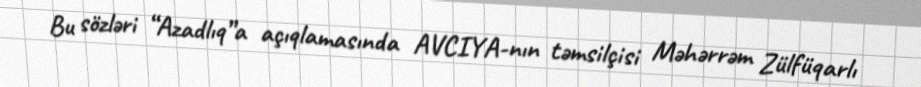
Bu sözləri “Azadlıq”a açıqlamasında AVCIYA-nın təmsilçisi Məhərrəm Zülfüqarlı